Indian journal of veterinary science and animal husbandry - Volume 3,
Year: 1933
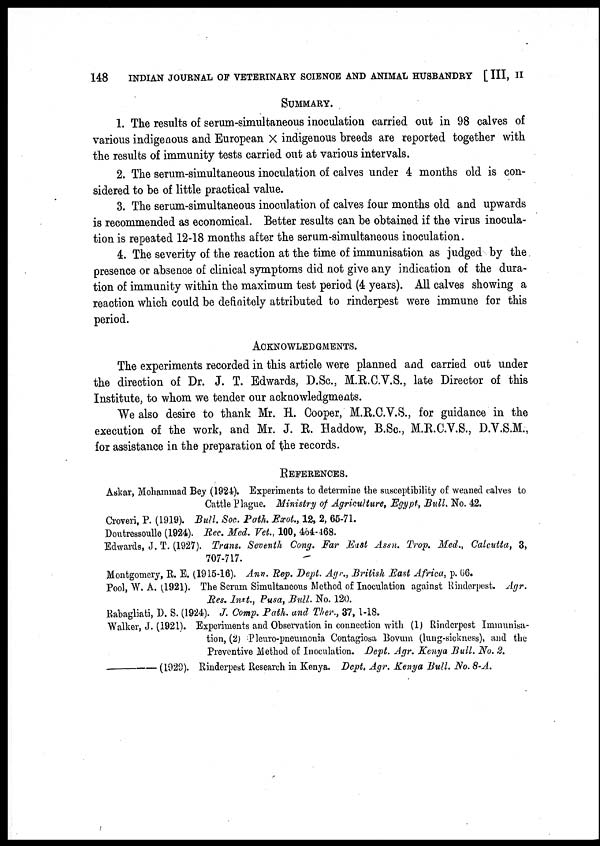
148
INDIAN JOURNAL OF VETERINARY SCIENCE AND ANIMAL HUSBANDRY [ III, II
SUMMARY.
1. The results of serum-simultaneous inoculation carried out in 98 calves of
various indigenous and European × indigenous breeds are reported together with
the results of immunity tests carried out at various intervals.
2. The serum-simultaneous inoculation of calves under 4 months old is con-
sidered to be of little practical value.
3. The serum-simultaneous inoculation of calves four months old and upwards
is recommended as economical. Better results can be obtained if the virus inocula-
tion is repeated 12-18 months after the serum-simultaneous inoculation.
4. The severity of the reaction at the time of immunisation as judged by the
presence or absence of clinical symptoms did not give any indication of the dura-
tion of immunity within the maximum test period (4 years). All calves showing a
reaction which could be definitely attributed to rinderpest were immune for this
period.
ACKNOWLEDGMENTS.
The experiments recorded in this article were planned and carried out under
the direction of Dr. J. T. Edwards, D.Sc., M.R.C.V.S., late Director of this
Institute, to whom we tender our acknowledgments.
We also desire to thank Mr. H. Cooper, M.R.C.V.S., for guidance in the
execution of the work, and Mr. J. R. Haddow, B.Sc., M.R.C.V.S., D.V.S.M.,
for assistance in the preparation of the records.
REFERENCES.
Askar, Mohammad Bey (1924). Experiments to determine the susceptibility of weaned calves to
Cattle Plague. Ministry of Agriculture, Egypt, Bull. No. 42.
Croveri, P. (1919). Bull Soc. Path. Exot., 12, 2, 65-71.
Doutressoulle (1924). Rec. Med. Vet., 100, 464-468.
Edwards, J. T. (1927). Trans. Seventh Cong. Far East Assn. Trop. Med., Calcutta, 3,
707-717.
Montgomery, R. E. (1915-16). Ann. Rep. Dept. Agr., British East Africa, p. 66.
Pool, W. A. (1921). The Serum Simultaneous Method of Inoculation against Rinderpest. Agr.
Res. Inst., Pusa, Bull. No. 120.
Rabagliati, D. S. (1924). J. Comp. Path. and Ther., 37, 1-18.
Walker, J. (1921). Experiments and Observation in connection with (1) Rinderpest Immunisa-
tion, (2) Pleuro-pneumonia Contagiosa Bovum (lung-sickness), and the
Preventive Method of Inoculation. Dept. Agr. Kenya Bull. No. 2.
(1929). Rinderpest Research in Kenya. Dept. Agr. Kenya Bull. No. 8-A.